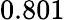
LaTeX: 0.801